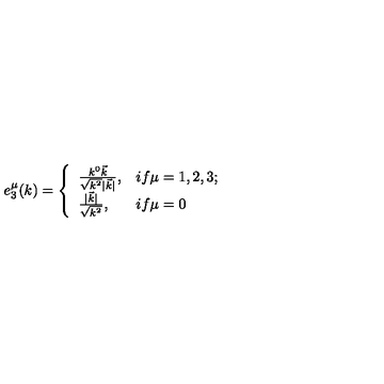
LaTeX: e _ { 3 } ^ { \mu } ( k ) = \left\{ \begin{array} { l l } { \frac { k ^ { 0 } \vec { k } } { \sqrt { k ^ { 2 } } | \vec { k } | } , } & { i f \mu = 1 , 2 , 3 ; } \\ { \frac { | \vec { k } | } { \sqrt { k ^ { 2 } } } , } & { i f \mu = 0 } \\ \end{array} \right.